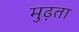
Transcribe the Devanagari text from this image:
मुढ़ता